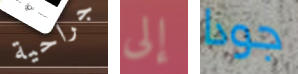
جراحية إلى جودا